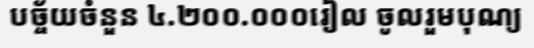
បច្ច័យចំនួន ៤.២០០.០០០រៀល ចូលរួមបុណ្យ